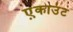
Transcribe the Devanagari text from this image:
ए़काउंट